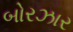
બોરઝાર